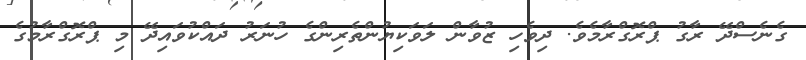
ގެނެސްދޭ ރާގު ޕްރޮގްރާމެވެ. ދިވެހި ޒުވާން ލަވަކިޔުންތެރިންގެ ހުނަރު ދައްކުވައިދޭ މި ޕްރޮގްރާމުގެ